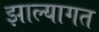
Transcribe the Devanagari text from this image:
झाल्यागत